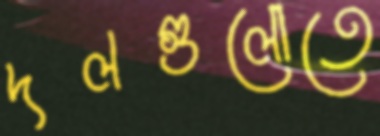
দলগুলোতে